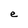
Character: e